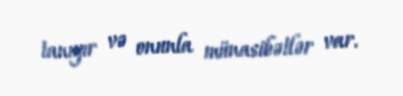
tanıyır və onunla münasibətlər var.